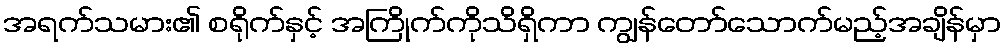
အရက်သမား၏ စရိုက်နှင့် အကြိုက်ကိုသိရှိကာ ကျွန်တော်သောက်မည့်အချိန်မှာ